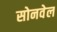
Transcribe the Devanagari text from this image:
सोनवेल